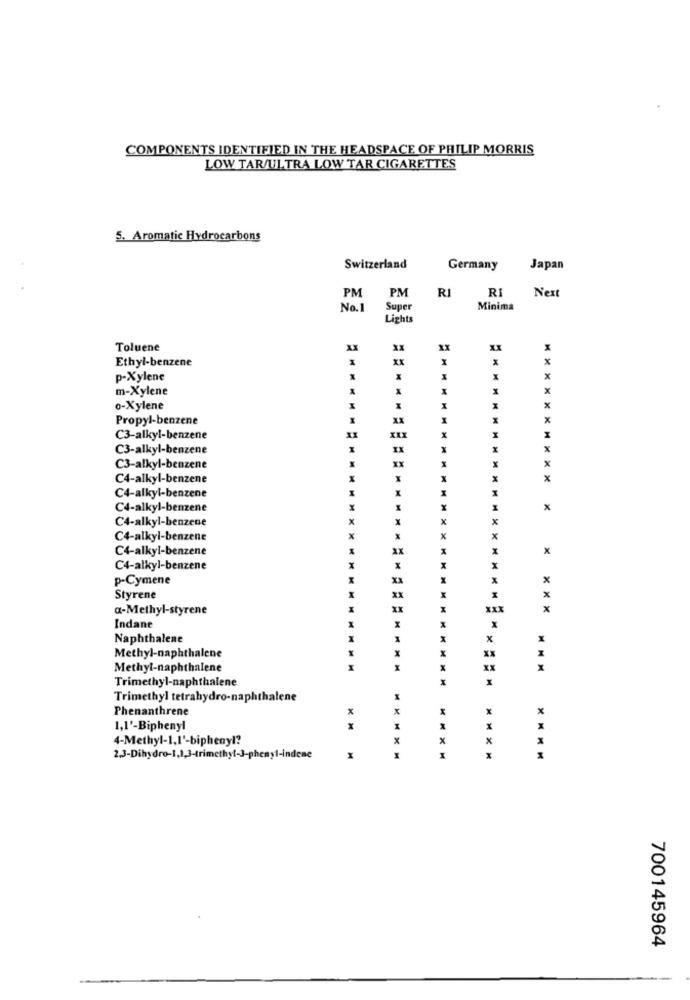
COMPONENTS IDENTIFIED IN THE HEADSPACE OF PHILIP MORRIS
LOW TAR/ULTRA LOW TAR CIGARETTES
5. Aromatic Hydrocarbons
Switzerland
Germany
Japan
PM
RI
RI
Next
PM
No.
Super
Minima
Lights
Toluene
xx
X
Ethyl-benzene
xx
p-Xylene
x
m-Xylene
0-Xylene
Propyl-benzene
xx
1
x
C3-alkyl-benzene
XIX
C3-alkyl-benzene
IX
X
XX
x
C3-alkyl-benzene
C4-alkyl-benzene
X
x
C4-alkyl-benzene
C4-alkyl-benzene
X
x
C4-alkyl-benzene
x
C4-alkyl-benzene
x
C4-alkyl-benzene
x
C4-alkyl-benzene
p-Cymene
x
x
Styrene
x
a-Methyl-styrene
XX
XXX
x
Indane
Naphthalene
X
x
X
X
XX
Methyl-naphthalene
Methyl-naphthalene
X
Trimethyl-naphthalene
x
x
Trimethyl tetrahydro-naphthalene
Phenanthrene
X
x
1,1'-Biphenyl
4-Methyl-1,1'-biphenyl?
x
X
2.3-Dihydro-1,1,3-trimethyl-3-phenyl-indene
M
M
x
700145964